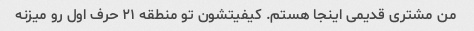
من مشتری قدیمی اینجا هستم. کیفیتشون تو منطقه ۲۱ حرف اول رو میزنه